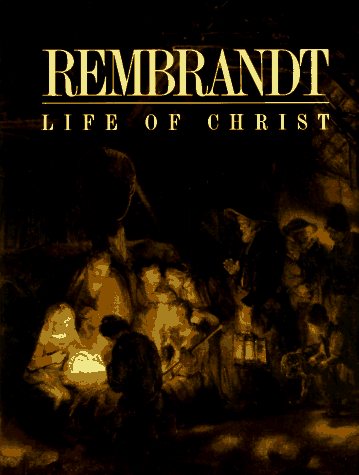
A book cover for REMBRANDT LIFE OF CHRIST; Van Rembrandt; Crafts, Hobbies & Home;